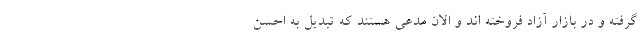
گرفته و در بازار آزاد فروخته اند و الان مدعی هستند که تبدیل به احسن